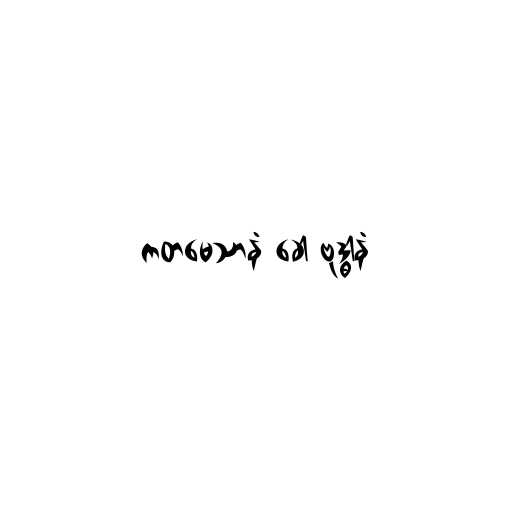
ကတမေသာနံ ခေါ ဗုဒ္ဓါနံ